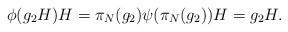
LaTeX: \begin{align*} \phi (g_2 H) H =\pi_N(g_2) \psi (\pi_N(g_2)) H= g_2H. \end{align*}